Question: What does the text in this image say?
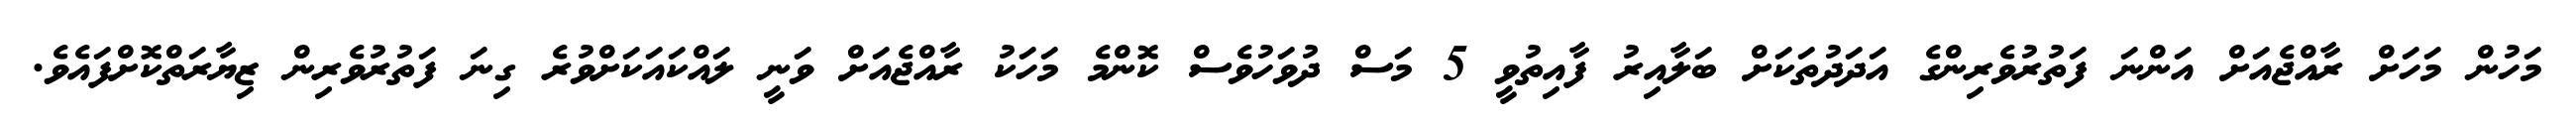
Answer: މަހުން މަހަށް ރާއްޖެއަށް އަންނަ ފަތުރުވެރިންގެ އަދަދުތަކަށް ބަލާއިރު ފާއިތުވީ 5 މަސް ދުވަހުވެސް ކޮންމެ މަހަކު ރާއްޖެއަށް ވަނީ ލައްކައަކަށްވުރެ ގިނަ ފަތުރުވެރިން ޒިޔާރަތްކޮށްފައެވެ.